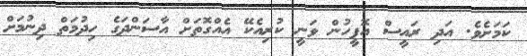
ކަމަށެވެ. އަދި ރައީސް އޮފީހުން ވަނީ ކުރިއެކޭ އެއްގޮތަށް އާސަންދަގެ ހިދުމަތް ދިނުމަށް